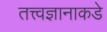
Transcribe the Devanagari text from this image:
तत्त्वज्ञानाकडे